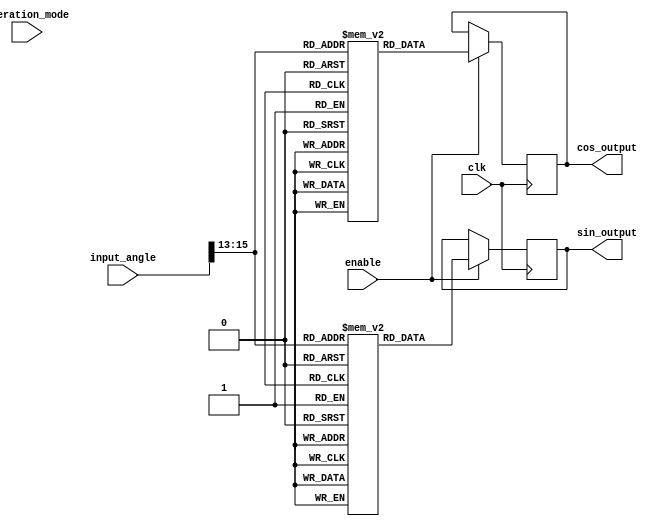
module cordic_precomputed (
    input wire [15:0] input_angle,   // n-bit input angle (example: 16 bits)
    input wire operation_mode,        // 1-bit operation mode
    input wire enable,                // 1-bit control signal
    input wire clk,                   // Clock signal
    output reg [15:0] sin_output,     // m-bit sine output (example: 16 bits)
    output reg [15:0] cos_output      // m-bit cosine output (example: 16 bits)
);

    // Pre-computed lookup table for sine and cosine values
    // Example values for angles 0, 45, 90, 135, 180, etc. in radians
    reg [15:0] lut_sin [0:7]; // Lookup table for sine values
    reg [15:0] lut_cos [0:7]; // Lookup table for cosine values

    // Initialize the lookup table with pre-computed values (example values)
    initial begin
        lut_sin[0] = 16'h0000; // sin(0)
        lut_sin[1] = 16'h3FFF; // sin(45 degrees)
        lut_sin[2] = 16'h7FFF; // sin(90 degrees)
        lut_sin[3] = 16'h3FFF; // sin(135 degrees)
        lut_sin[4] = 16'h0000; // sin(180 degrees)
        lut_sin[5] = 16'hC000; // sin(225 degrees)
        lut_sin[6] = 16'h8000; // sin(270 degrees)
        lut_sin[7] = 16'hC000; // sin(315 degrees)

        lut_cos[0] = 16'h7FFF; // cos(0)
        lut_cos[1] = 16'h3FFF; // cos(45 degrees)
        lut_cos[2] = 16'h0000; // cos(90 degrees)
        lut_cos[3] = 16'hC000; // cos(135 degrees)
        lut_cos[4] = 16'hFFFF; // cos(180 degrees)
        lut_cos[5] = 16'h4000; // cos(225 degrees)
        lut_cos[6] = 16'h8000; // cos(270 degrees)
        lut_cos[7] = 16'h4000; // cos(315 degrees)
    end

    // Scaling input angle to fit into the lookup table range (0 to 7)
    wire [2:0] scaled_angle;
    assign scaled_angle = input_angle[15:13]; // Example scaling (reduce to 3 bits)

    // Synchronous output generation
    always @(posedge clk) begin
        if (enable) begin
            // Fetching values from LUT based on scaled angle
            sin_output <= lut_sin[scaled_angle];
            cos_output <= lut_cos[scaled_angle];
        end
    end

endmodule